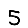
Digit: 5